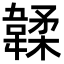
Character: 韖